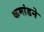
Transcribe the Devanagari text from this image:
कमांडने